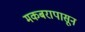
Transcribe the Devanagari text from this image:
मकबरापासून